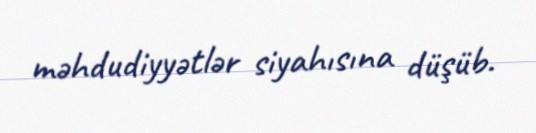
məhdudiyyətlər siyahısına düşüb.